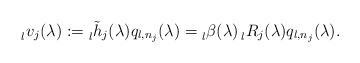
\begin{align*} \prescript{}{l}{v}_j(\lambda) := \prescript{}{l}{\tilde{h}}_j(\lambda) q_{l,n_j}(\lambda)=\prescript{}{l}{\beta}(\lambda) \prescript{}{l}{R}_j(\lambda)q_{l,n_j}(\lambda).\end{align*}